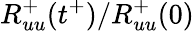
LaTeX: R_{uu}^{+}(t^{+})/R_{uu}^{+}(0)